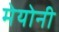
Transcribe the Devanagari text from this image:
मेयोनी